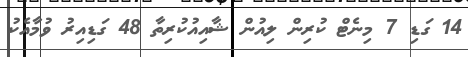
14 ގަޑި 7 މިނެޓް ކުރިން ލިއުން ޝާއިއުކުރިތާ 48 ގަޑިއިރު ވުމާއެކު